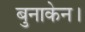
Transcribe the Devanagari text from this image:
बुनाकेन।